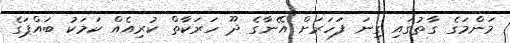
މަންމަގެ ގާތުގައި ގިނަ ފަހަރަށް އޭނާގެ ދޫ ހަރަކާތް ކުރިއެއް ކަމަކު ބައްޕަގެ